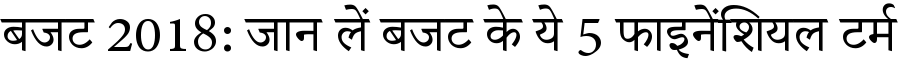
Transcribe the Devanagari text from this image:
बजट 2018: जान लें बजट के ये 5 फाइनेंशियल टर्म